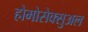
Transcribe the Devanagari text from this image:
होमोसेक्सुअल